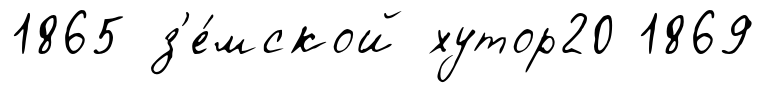
1865 з'е́мской хутор20 1869